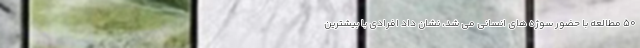
50 مطالعه با حضور سوژه های انسانی می شد، نشان داد افرادی با بیشترین